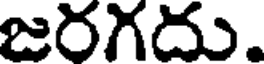
జరగదు.